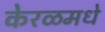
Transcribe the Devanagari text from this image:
केरळमधे